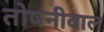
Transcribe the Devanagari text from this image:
तोषनीवाल